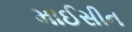
માઈસીન